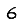
Digit: 6